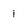
Character: 1